Black-water fever - Number 35
Disease focus: Fever
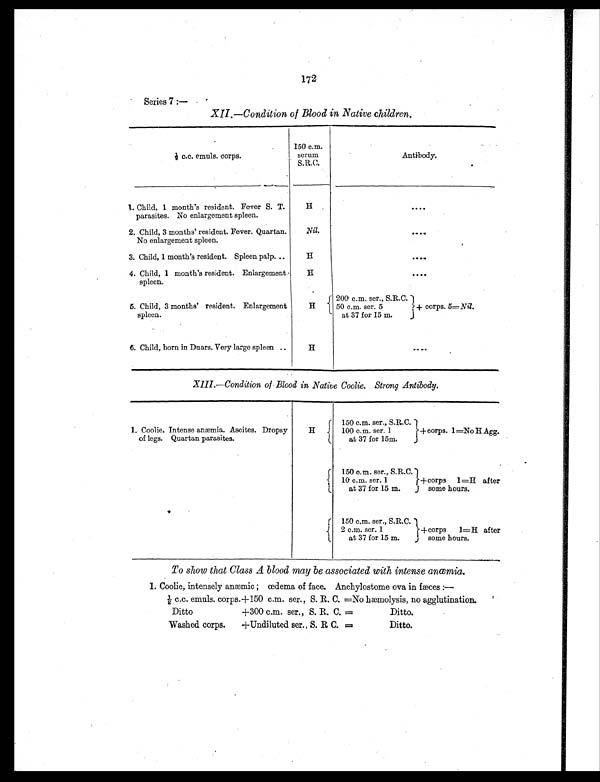
172
Series 7 :—
XII.—Condition of Blood in Native children.
½ c.c. emuls. corps.
150 c.m.
serum
S.R.C.
Antibody.
1. Child, 1 month's resident. Fever S. T.
parasites. No enlargement spleen.
H
....
2. Child, 3 months' resident. Fever. Quartan.
No enlargement spleen.
Nil.
....
3. Child, 1 month's resident. Spleen palp. ..
H
....
4. Child, 1 month's resident. Enlargement
spleen.
H
....
5. Child, 3 months' resident. Enlargement
spleen.
H200 c.m. ser., S.R.C.
50 c.m. ser. 5
at 37 for 15 m.
+ corps. 5= Nil.
6. Child, born in Duars. Very large spleen ..
H
....
XIII.—Condition of Blood in Native Coolie. Strong Antibody.
1. Coolie. Intense anæmia. Ascites. Dropsy
of legs. Quartan parasites.
H
150 c.m. ser., S.R.C.
100 c.m. ser. 1
at 37 for 15m.
+ corps. 1=No H Agg.
150 c.m. ser., S.R.C.
10 c.m. ser. 1
at 37 for 15 m.
+corps 1=H after
some hours.
150 c.m. ser., S.R.C.
2 c.m. ser. 1
at 37 for 15 m.
+corps 1=H after
some hours.
To show that Class A blood may be associated with intense anœmia.
1. Coolie, intensely anæmic ; œdema of face. Anchylostome ova in fæces :—
½ c.c. emuls. corps.+150 c.m. ser., S. R. C. =No hæmolysis, no agglutination.
Ditto +300 c.m. ser., S. R. C. = Ditto.
Washed corps. +Undiluted ser., S. R C. = Ditto.